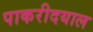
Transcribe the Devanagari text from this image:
पाकरीदयाल